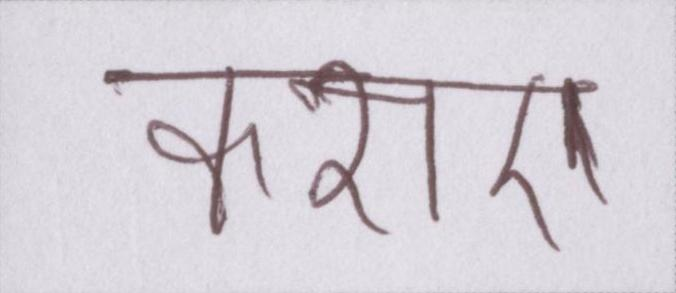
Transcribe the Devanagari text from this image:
कराए